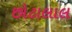
છોટાલાલ